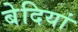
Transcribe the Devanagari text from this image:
बेदियां